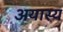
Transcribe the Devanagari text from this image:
अयास्य